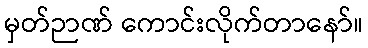
မှတ်ဉာဏ် ကောင်းလိုက်တာနော်။